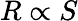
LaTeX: R\propto S